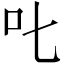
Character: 叱